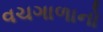
વચગાળાનો